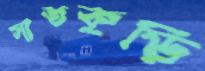
সাতকুড়ি